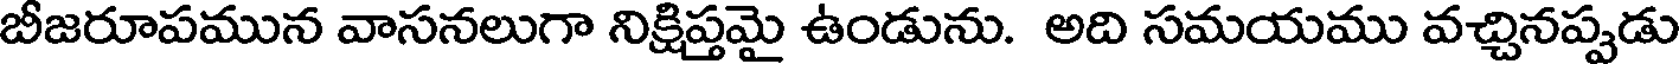
బీజరూపమున వాసనలుగా నిక్షిప్తమై ఉండును. అది సమయము వచ్చినప్పడు